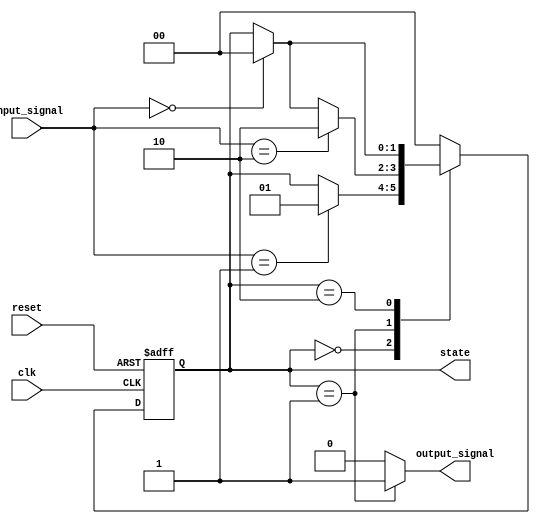
module PreConfiguredStateInitialization (
    input wire clk,            // Clock signal
    input wire reset,          // Reset signal (active high)
    input wire [1:0] input_signal, // Input conditions for state transitions
    output reg [1:0] state,    // Current state output
    output reg output_signal    // Example output based on state
);

// State encoding
localparam [1:0] 
    STATE_0 = 2'b00,
    STATE_1 = 2'b01,
    STATE_2 = 2'b10;

// State initialization
initial begin
    state = STATE_0; // Default starting state
end

// State transition logic
always @(posedge clk or posedge reset) begin
    if (reset) begin
        // Assign initial state on reset
        state <= STATE_0; // Pre-configured initial state
    end else begin
        case (state)
            STATE_0: begin
                if (input_signal == 2'b01) begin
                    state <= STATE_1; // Transition to STATE_1
                end
            end
            
            STATE_1: begin
                if (input_signal == 2'b10) begin
                    state <= STATE_2; // Transition to STATE_2
                end else if (input_signal == 2'b00) begin
                    state <= STATE_0; // Back to STATE_0
                end
            end
            
            STATE_2: begin
                if (input_signal == 2'b00) begin
                    state <= STATE_0; // Back to STATE_0
                end
            end
            
            default: state <= STATE_0; // Fallback state
        endcase
    end
end

// Output logic based on current state
always @(*) begin
    case (state)
        STATE_0: output_signal = 1'b0; // Example output for STATE_0
        STATE_1: output_signal = 1'b1; // Example output for STATE_1
        STATE_2: output_signal = 1'b0; // Example output for STATE_2
        default: output_signal = 1'b0; // Default output
    endcase
end

endmodule